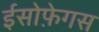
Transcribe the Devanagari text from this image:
ईसोफ़ेगस